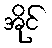
အိုင်